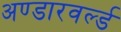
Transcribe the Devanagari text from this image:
अण्डारवर्ल्ड